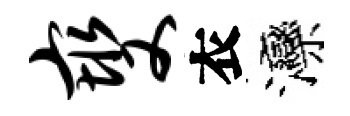
燮衣灤